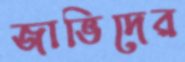
জাভিদের